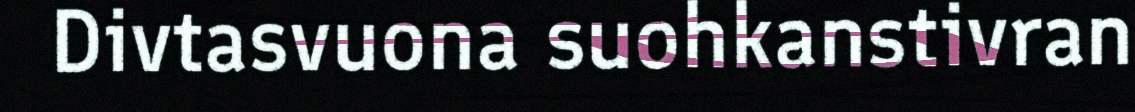
Divtasvuona suohkanstivran